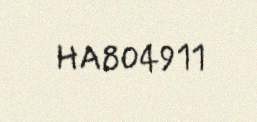
HA804911